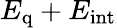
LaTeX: E_{\mathrm{q}}+E_{\mathrm{int}}